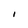
Character: I